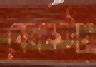
কেনাকাটার